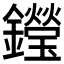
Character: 𨯗